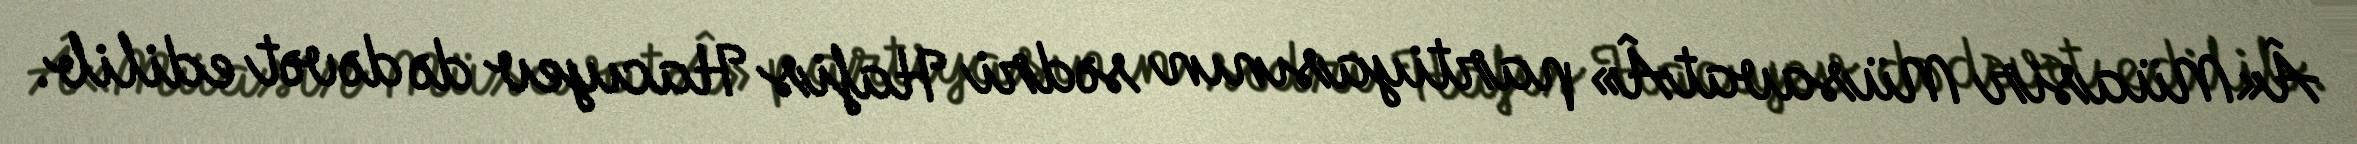
Â«Müasir MüsavatÂ» partiyasının sədri Hafis Hacıyev də dəvət edilib.